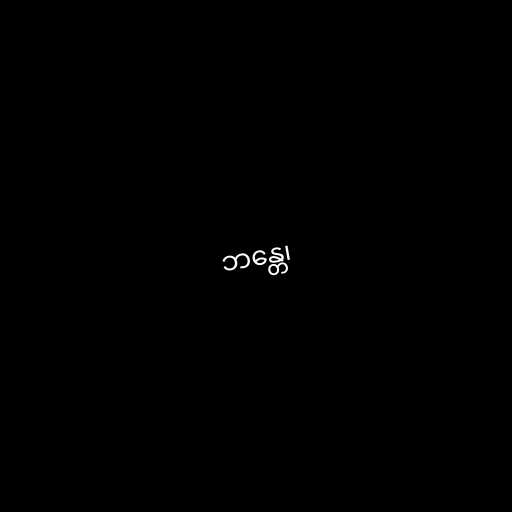
ဘန္တေ၊